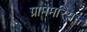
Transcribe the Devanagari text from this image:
ग्राममरियन